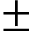
\pm